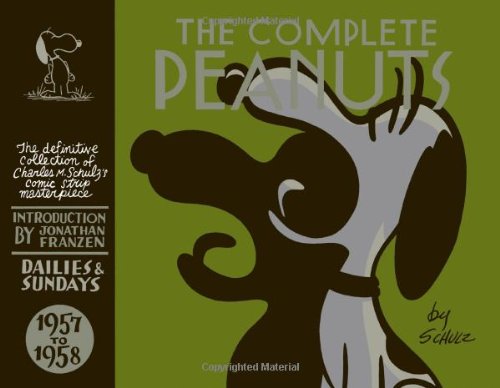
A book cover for The Complete Peanuts 1957-1958 (Vol. 4)  (The Complete Peanuts); Charles M. Schulz; Comics & Graphic Novels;